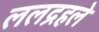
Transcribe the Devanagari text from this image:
ललद्रहले